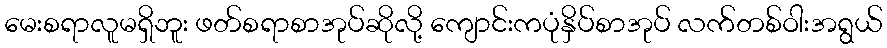
မေးစရာလူမရှိဘူး ဖတ်စရာစာအုပ်ဆိုလို့ ကျောင်းကပုံနှိပ်စာအုပ် လက်တစ်ဝါးအရွယ်